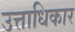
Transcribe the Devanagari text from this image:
उत्ताधिकार